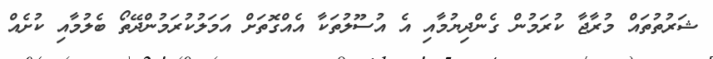
ޝަރުތުތައް މުރާޖާ ކުރަމުން ގެންދިޔުމާއި އެ އުސޫލުތަކާ އެއްގޮތަށް އަމަލުކުރަމުންދޭތޯ ބެލުމާއި ކުށެއް